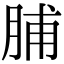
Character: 脯